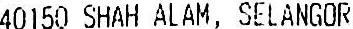
40150 SHAH ALAM, SELANGOR